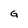
Character: G